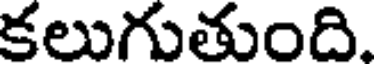
కలుగుతుంది.